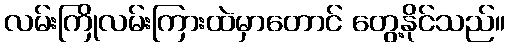
လမ်းကြိုလမ်းကြားထဲမှာတောင် တွေ့နိုင်သည်။